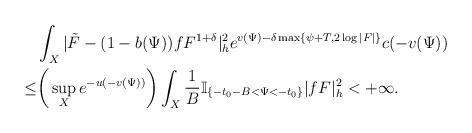
\begin{align*}&\int_{X}|\tilde{F}-(1-b(\Psi))fF^{1+\delta}|_{h}^2e^{v(\Psi)-\delta \max\{\psi+T,2\log|F|\}}c(-v(\Psi))\\\le &\bigg(\sup_{X}e^{-u(-v(\Psi))}\bigg)\int_{X}\frac{1}{B}\mathbb{I}_{\{-t_0-B<\Psi<-t_0\}} |fF|^2_h<+\infty.\end{align*}